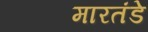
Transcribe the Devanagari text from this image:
मारतंडे